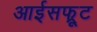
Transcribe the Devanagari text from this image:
आईसफ्रूट